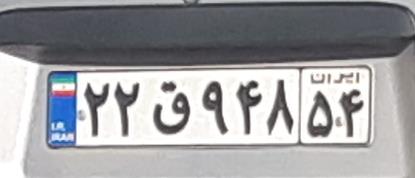
۲۲ق۹۴۸۵۴